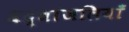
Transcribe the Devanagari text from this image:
श्रद्धांजलियाँ